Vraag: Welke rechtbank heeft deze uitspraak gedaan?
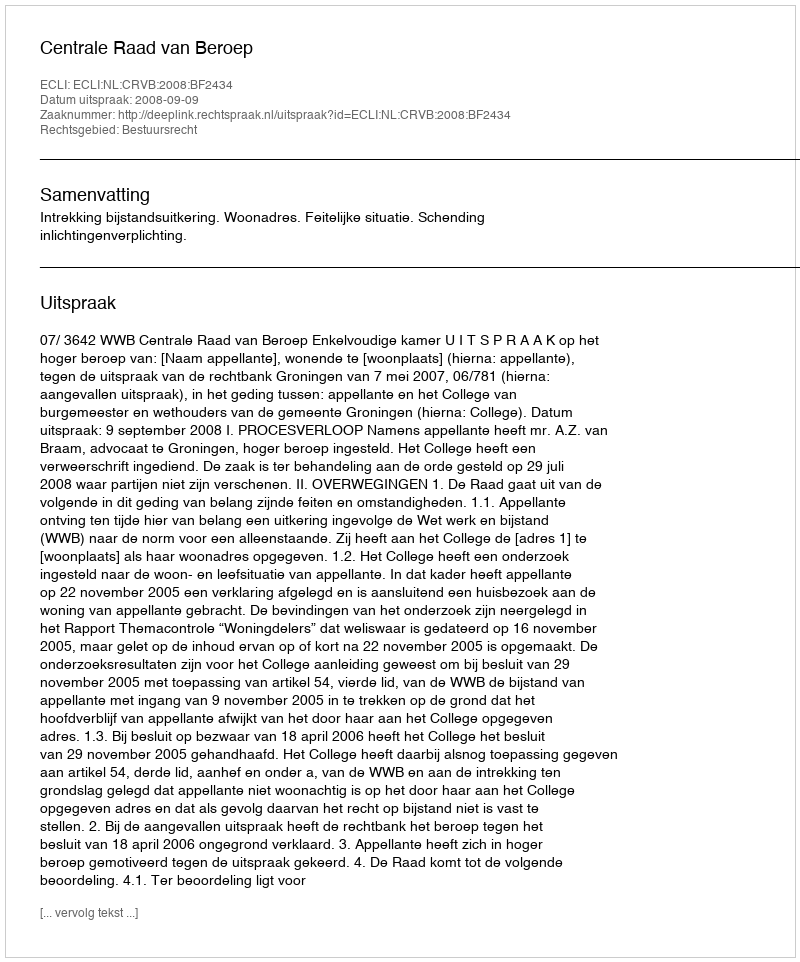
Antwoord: Centrale Raad van Beroep